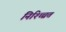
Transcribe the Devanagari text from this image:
निश्च्चित